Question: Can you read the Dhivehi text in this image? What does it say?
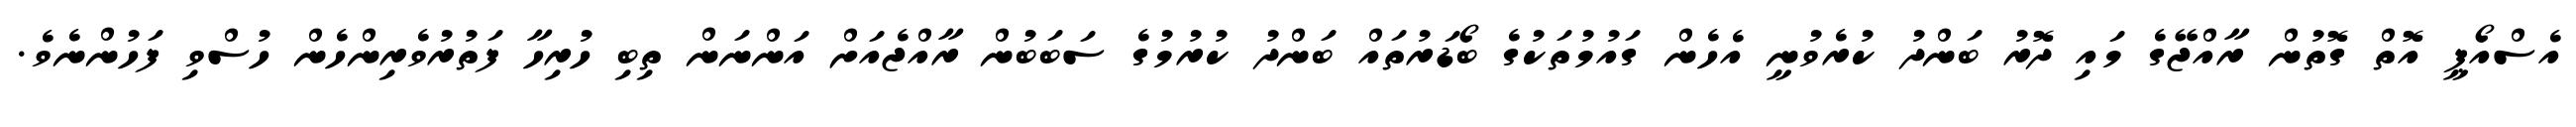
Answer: އެސްއޯޕީ އޮތް ގޮތުން ރާއްޖޭގެ މައި ދޮރު ބަންދު ކުރެވުނީ އެހެން ގައުމުތަކުގެ ބޯޑަރުތައް ބަންދު ކުރުމުގެ ސަބަބުން ރާއްޖެއަށް އަންނަން ތިބި ހުރިހާ ފަތުރުވެރިންހެން ހުސްވި ފަހުންނެވެ.